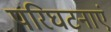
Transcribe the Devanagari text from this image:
परिघटनाएं